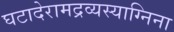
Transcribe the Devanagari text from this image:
घटादेरामद्रव्यस्याग्निना